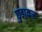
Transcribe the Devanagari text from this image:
छुडा़कर